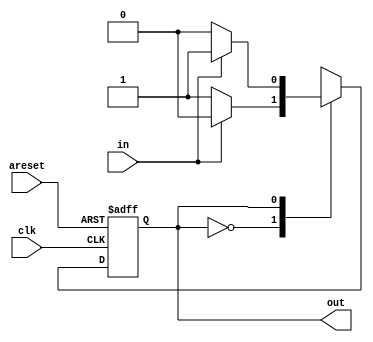
module top_module (
	input clk,
	input in,
	input areset,
	output out
);

	// Give state names and assignments. I'm lazy, so I like to use decimal numbers.
	// It doesn't really matter what assignment is used, as long as they're unique.
	parameter A=0, B=1;
	reg state;		// Ensure state and next are big enough to hold the state encoding.
	reg next;
    
    
    // A finite state machine is usually coded in three parts:
    //   State transition logic
    //   State flip-flops
    //   Output logic
    // It is sometimes possible to combine one or more of these blobs of code
    // together, but be careful: Some blobs are combinational circuits, while some
    // are clocked (DFFs).
    
    
    // Combinational always block for state transition logic. Given the current state and inputs,
    // what should be next state be?
    // Combinational always block: Use blocking assignments.
    always@(*) begin
		case (state)
			A: next = in ? A : B;
			B: next = in ? B : A;
		endcase
    end
    
    
    
    // Edge-triggered always block (DFFs) for state flip-flops. Asynchronous reset.
    always @(posedge clk, posedge areset) begin
		if (areset) state <= B;		// Reset to state B
        else state <= next;			// Otherwise, cause the state to transition
	end
		
		
		
	// Combinational output logic. In this problem, an assign statement is the simplest.
	// In more complex circuits, a combinational always block may be more suitable.
	assign out = (state==B);

	
endmodule